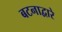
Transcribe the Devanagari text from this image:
बटनाद्वारे